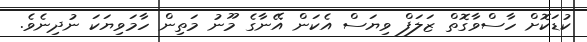
ކުޑަކޮށް ހާސްވާގޮތް ޒަލަފް ވިޔަސް އެކަން އޭނާގެ މޫނު މަތިން ހާމަވިޔަކަ ނުދިނެވެ.